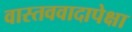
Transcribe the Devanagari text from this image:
वास्तववादापेक्षा